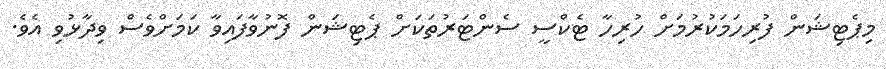
މިޕެޓިޝަން ފުރިހަމަކުރުމަށް ހުރިހާ ޓެކްސީ ސެންޓަރުތަކަށް ޕެޓިޝަން ފޮނުވާފައިވާ ކަމަށްވެސް ވިދާޅުވި އެވެ.